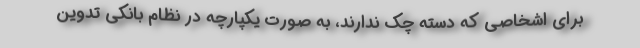
برای اشخاصی که دسته چک ندارند، به صورت یکپارچه در نظام بانکی تدوین